Rae_vallavalitsus, lk 3
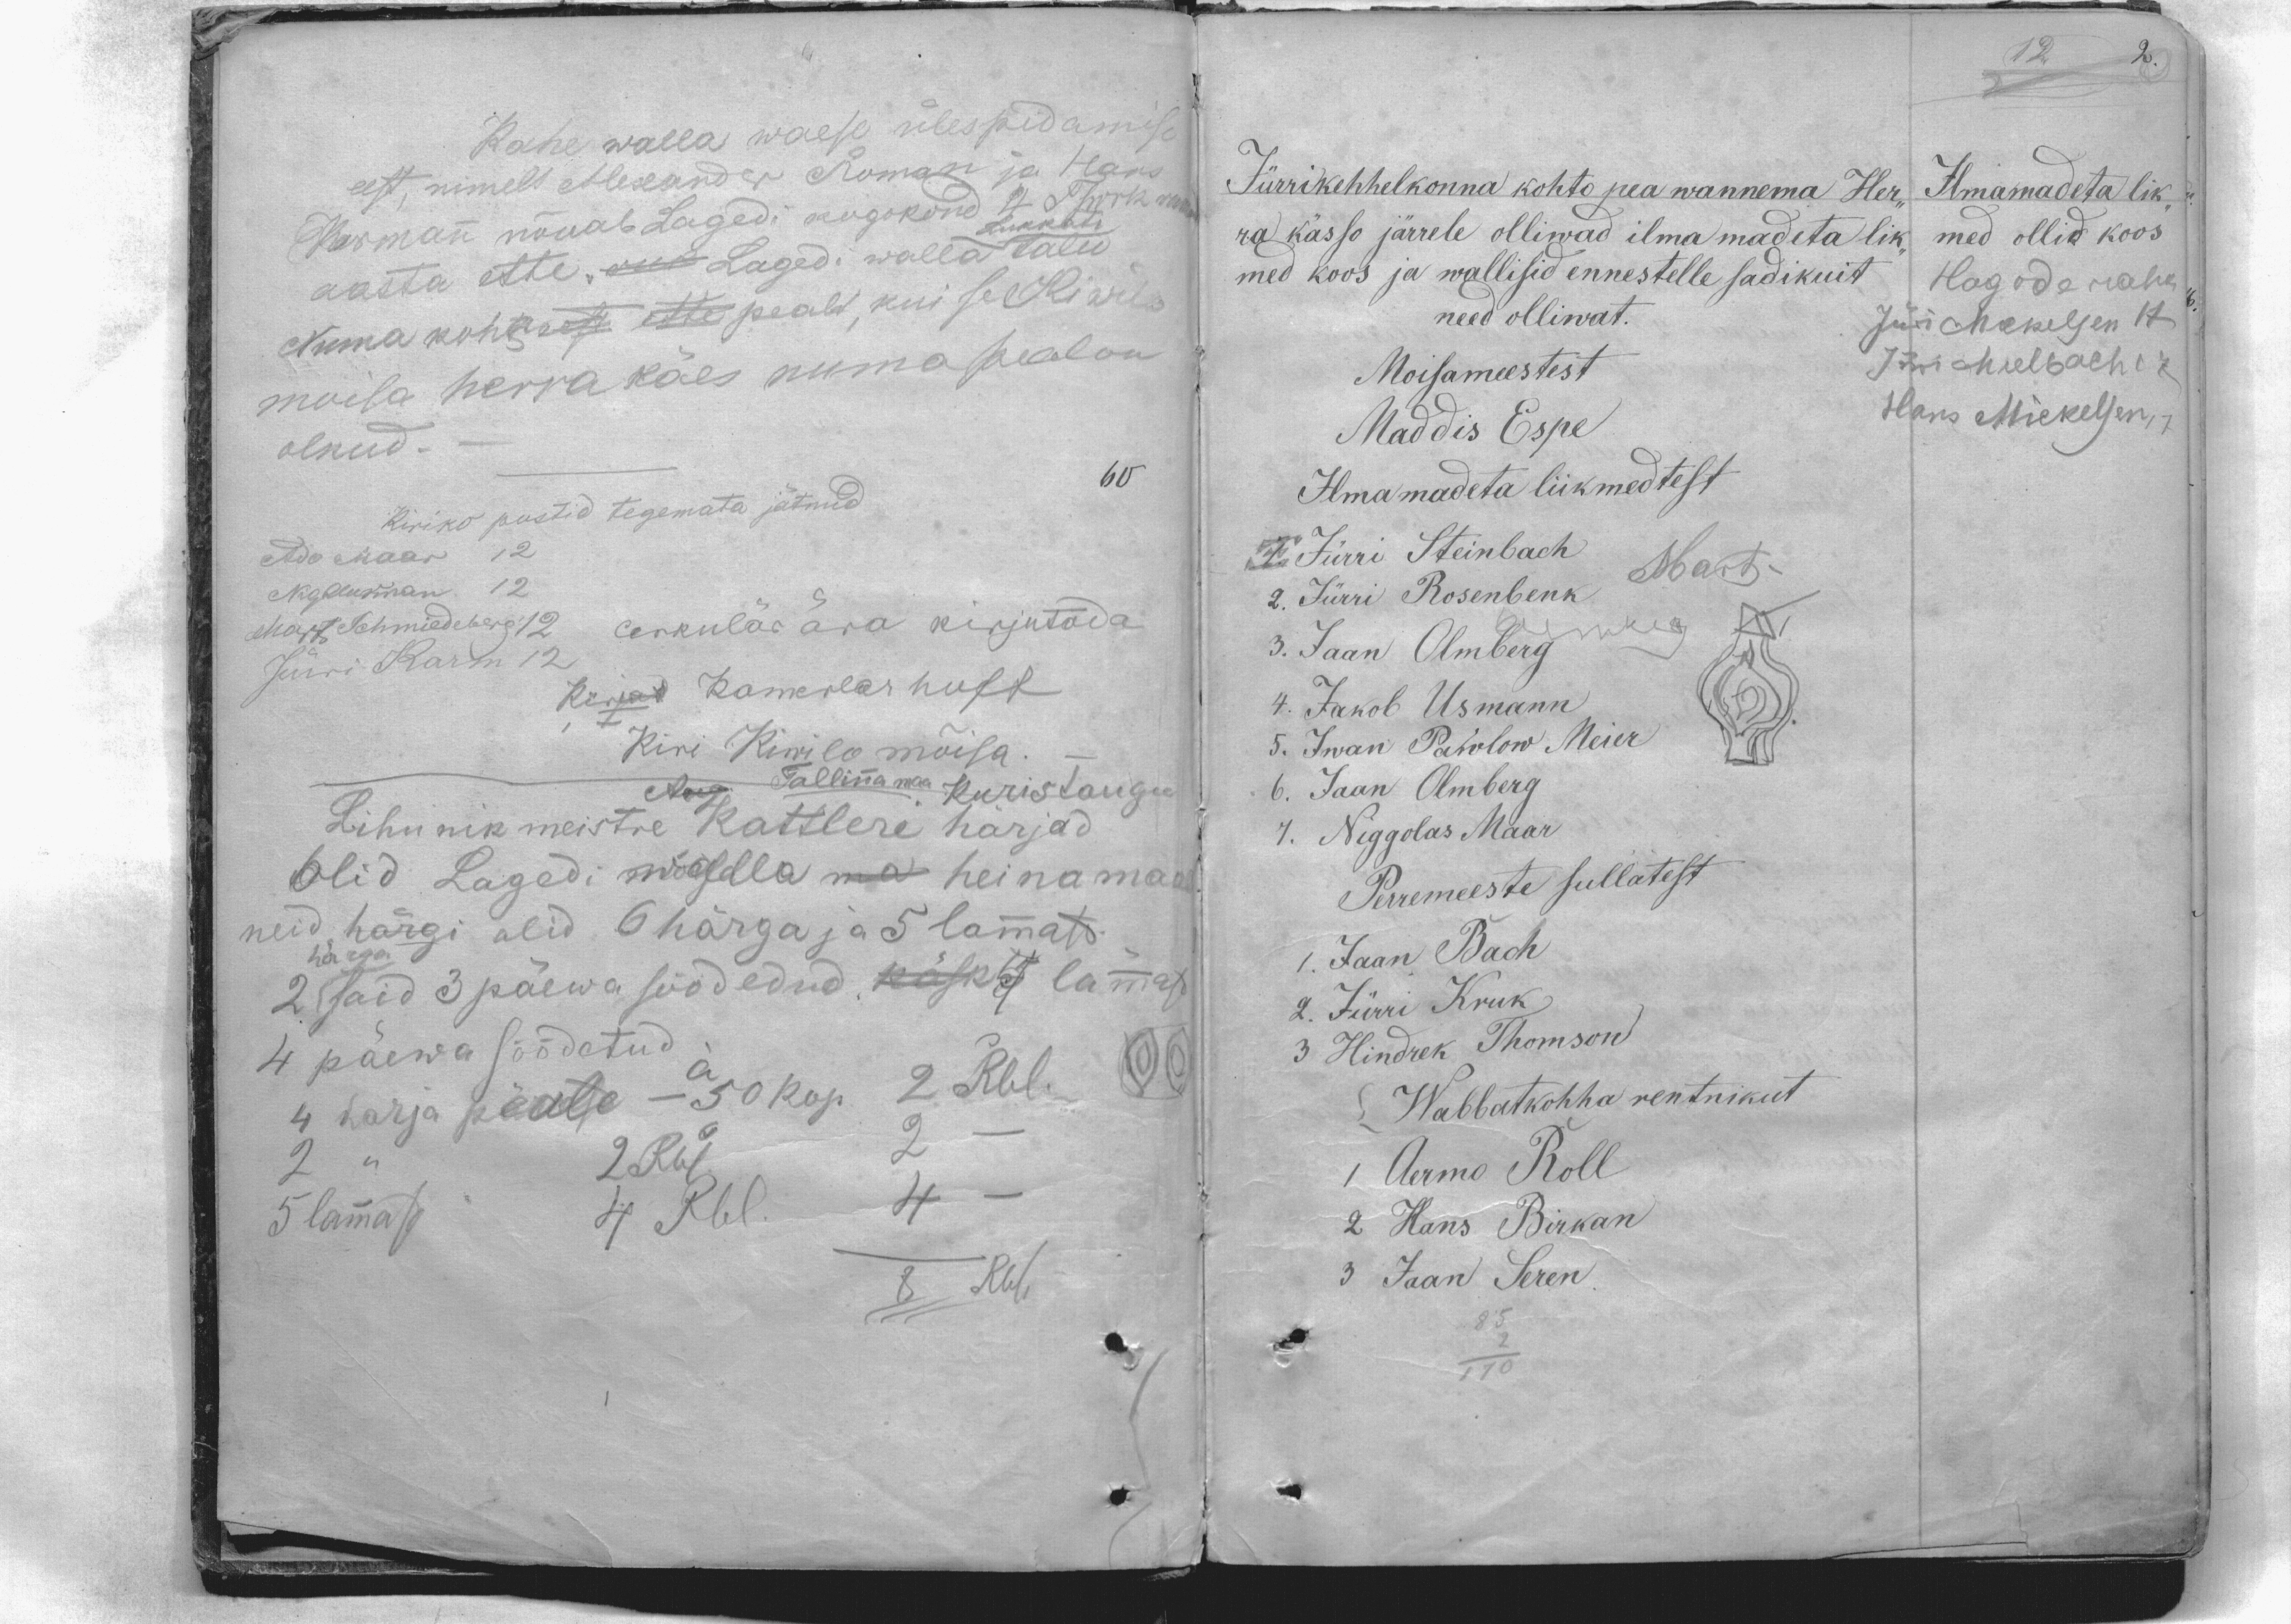
Kahe walla waese ülespidamise
eest, nimelt Aleksander Roman ja Hans
Warmann nõuab Lagedi kogokond A. Thirk rukk
Lukkati
aasta ette. ruk Lagedi walla talu
Numa koha eest ette pealt, kui sel Kiwilo
moisa herra käes numa peal on
olnud.
Kiriko postid tegemata jätnud
60
Ado Maar 12
NigAlukman. 12
cerkulär ära kirjutada
Mart Schmiedeberg 12
Jürri Karm 12
Kirjad Kamerlar hoff
Kiri Kiwilo mõisa.
Aug Tallinna maa Kuristangu
Lihunik meistre Kattleri harjad
olid Lagedi walla ma heinamaa
neid härgi olid 6 härga ja 5 lammast.
2 said 3 päewa söödedud. Käsk t lammasd
härga
4 päewa söödetud
4 harja peale - à  50 kop. 2 Rbl.
2 " 2 Rbl 2 -
5 lammast. 4 Rbl. 4 -
8 Rbl

12 2.
Jürrikehhelkonna kohto pea wannema Her-
Ilmamadeta lik
ra kässo järrele olliwad ilma madeta lik-
med ollid koos
med koos ja wallisid ennestelle sadikuit
Hagode raha
need olliwat.
Jüri Makelsen 17
Moisameestest
Jürri Mielbach 17
Maddis Espe
Hans Mickelsen 17
Ilma madeta liikmedtest
1. Jürri Steinbach
Mart.
2. Jürri Rosenbenk
3. Jaan Olmberg
4. Jakob Usmann
5. Iwan Pawlow Meier
6. Jaan Olmberg
7. Niggolas Maar
Perremeeste sullatest
1. Jaan Bach
2. Jürri Kruk
3 Hindrek Thomson
Wabbatkohha rentnikut
1 Aermo Roll
2 Hans Birkan
3 Jaan Seren